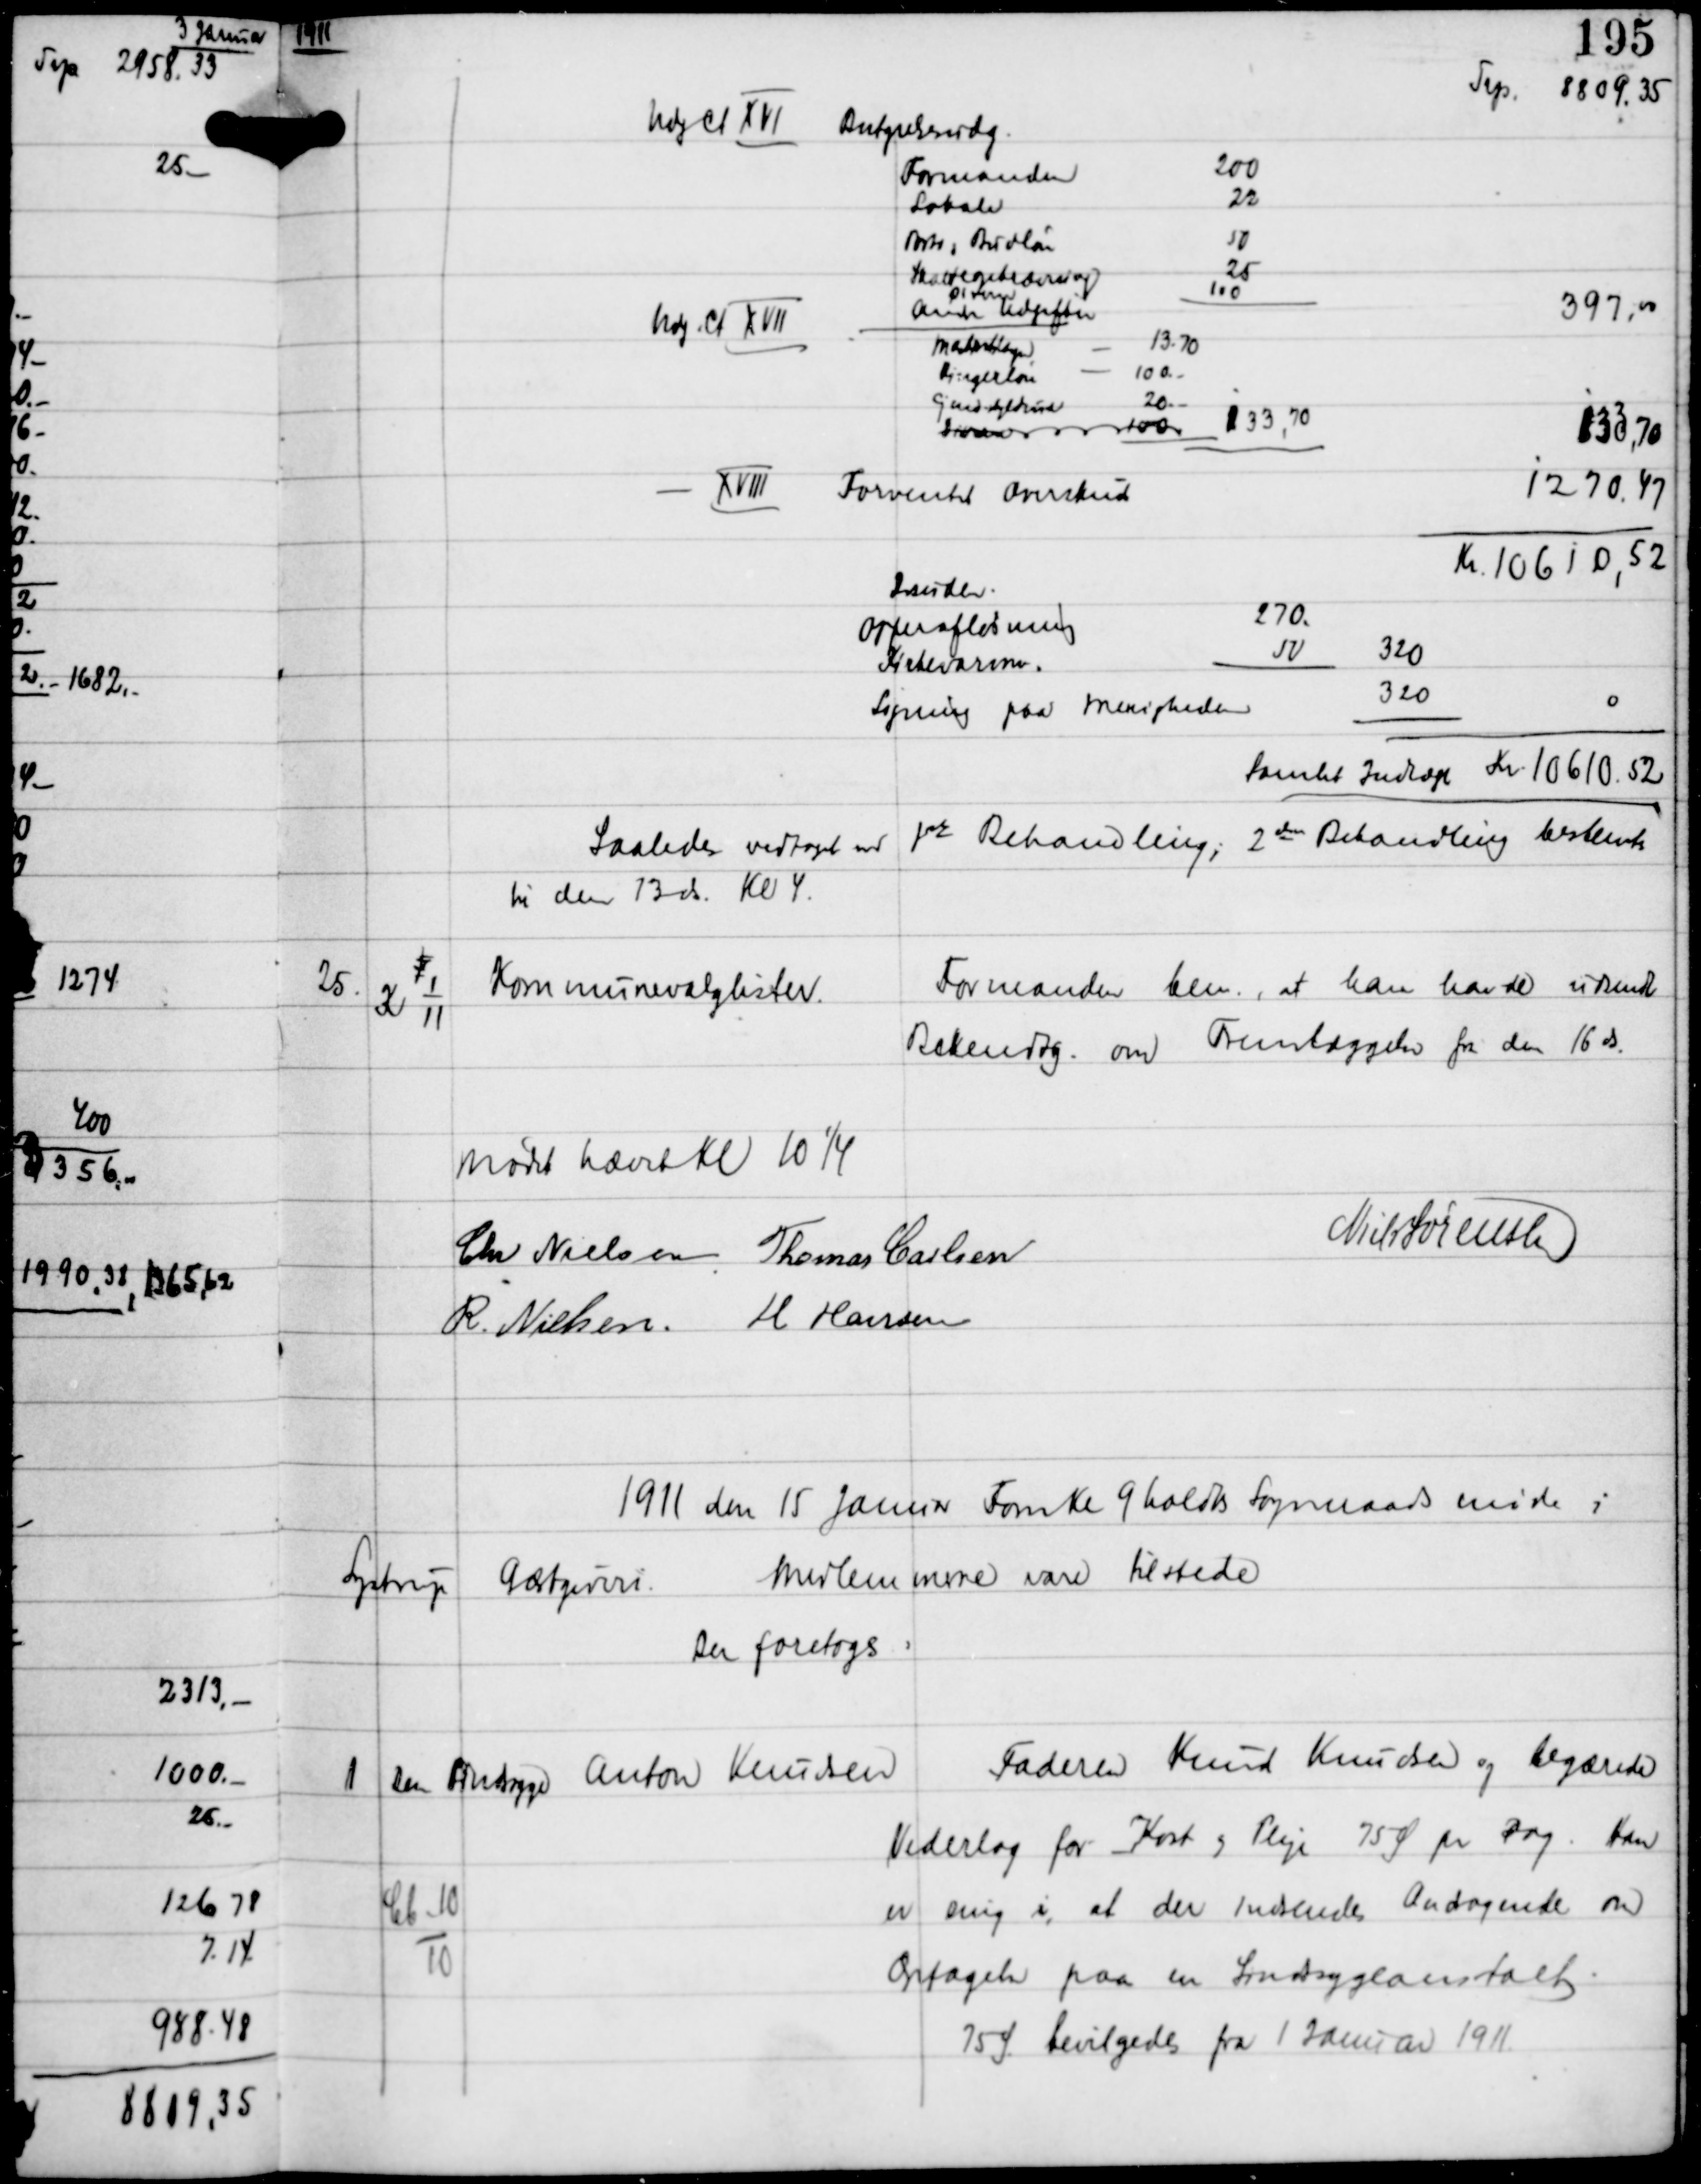
Transskription:
1911

Samlet Indtægt Kr 10610.52

Saaledes vedtaget ved
frs Behandling; 2den Behandling bestemtes
til den 13 ds Kl 4

25.

x
K 1
11

Kommunevalglister

Formanden bem., at han havde udsendt
Bekendtg om Fremlæggelse fra den 16 ds.

Mødet hævet KL 10¼
Chr Nielsen Thomas Carlsen
Niels Sørensen
R. Nielsen H Hansen

1911 den 15 Januar Form Kl 9 holdtes Sogneraadsmøde i
Lystrup
Gæstgiveri
Medlemmerne vare tilstede
Der foretoges:

1

Cb-10
10

Den Aandsvage Anton Knudsen

Faderen Knud Knudsen og begærede
Vederlag for Kost og Pleje 75 Ø pr Dag. Han
er enig i, at der indsendes Andragende om
Optagelse paa en Sindsygeanstalt.
75 Ø bevilgedes fra 1 Januar 1911